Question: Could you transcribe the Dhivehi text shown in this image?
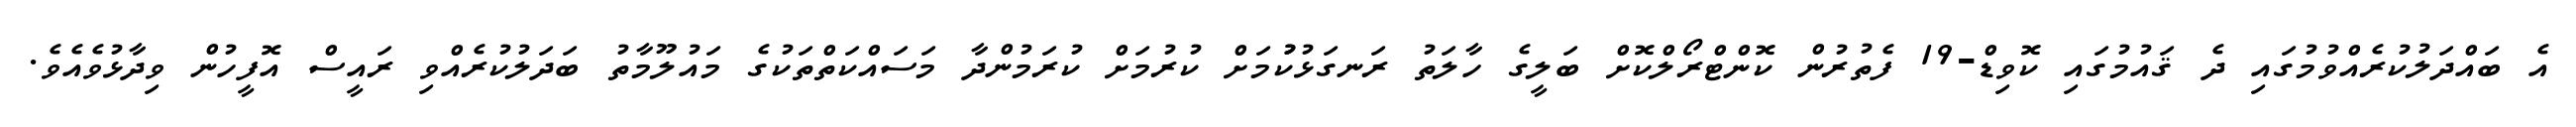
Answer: އެ ބައްދަލުކުރެއްވުމުގައި ދެ ޤައުމުގައި ކޮވިޑް-19 ފެތުރުން ކޮންޓްރޯލްކޮށް ބަލީގެ ހާލަތު ރަނގަޅުކުުމަށް ކުރުމަށް ކުރަމުންދާ މަސައްކަތްތަކުގެ މައުލޫމާތު ބަދަލުކުރެއްވި ރައީސް އޮފީހުން ވިދާޅުވެއެވެ.